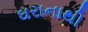
ઘરાનાથી